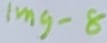
Text: Img-8